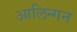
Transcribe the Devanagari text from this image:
आलिन्गन